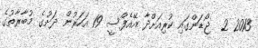
2013 2  ޖޯޑަންގައި ކުރިއަށްދާ އޭއެފްސީ 19 އަހަރުން ދަށުގެ މުބާރާތުގެ